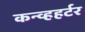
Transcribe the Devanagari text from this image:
कन्व्हहर्टर